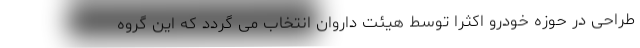
طراحی در حوزه خودرو اکثرا توسط هیئت داروان انتخاب می گردد که این گروه